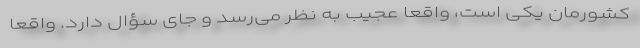
کشورمان یکی است، واقعاً عجیب به نظر می‌رسد و جای سؤال دارد. واقعاً